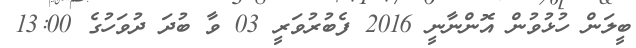
ބީލަން ހުޅުވުން އޮންނާނީ 2016 ފެބުރުވަރީ 03 ވާ ބުދަ ދުވަހުގެ 13:00